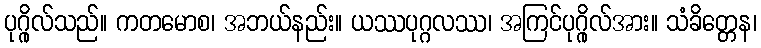
ပုဂ္ဂိုလ်သည်။ ကတမောစ၊ အဘယ်နည်း။ ယဿပုဂ္ဂလဿ၊ အကြင်ပုဂ္ဂိုလ်အား။ သံခိတ္တေန၊